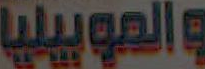
والموبيليا